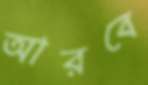
আরবে